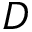
D